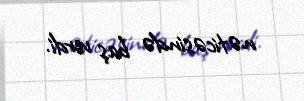
nəticəsində baş verdi.